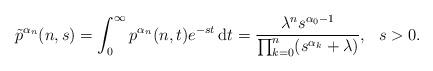
LaTeX: \begin{align*}\tilde{p}^{\alpha_n}(n,s)=\int_0^{\infty}p^{\alpha_n}(n,t)e^{-st}\,\mathrm{d}t=\frac{\lambda^ns^{\alpha_0-1}}{\prod_{k=0}^n(s^{\alpha_k}+\lambda)},\ \ s>0.\end{align*}